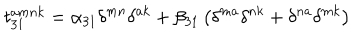
t _ { 3 1 } ^ { a m n k } = \alpha _ { 3 1 } \delta ^ { m n } \delta ^ { a k } + \beta _ { 3 1 } \left( \delta ^ { m a } \delta ^ { n k } + \delta ^ { n a } \delta ^ { m k } \right)